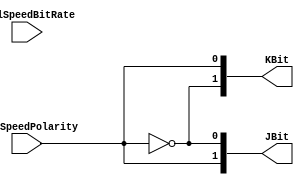
module lineControlUpdate(
	input			fullSpeedPolarity,
	input			fullSpeedBitRate,
	output	[1:0]	JBit,
	output	[1:0]	KBit
);

	assign JBit = {fullSpeedPolarity, ~fullSpeedPolarity};
	assign KBit = {~fullSpeedPolarity, fullSpeedPolarity};

endmodule